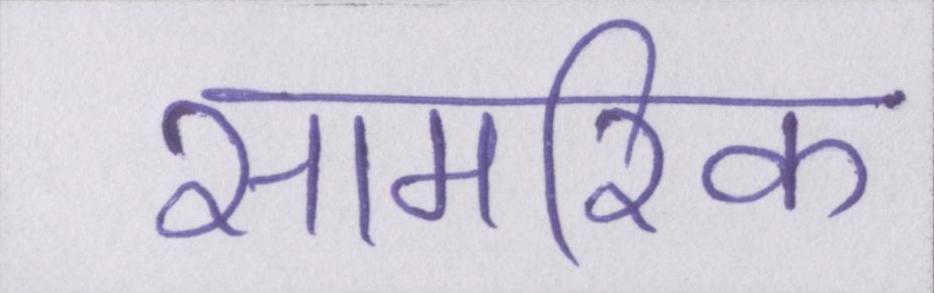
सामरिक